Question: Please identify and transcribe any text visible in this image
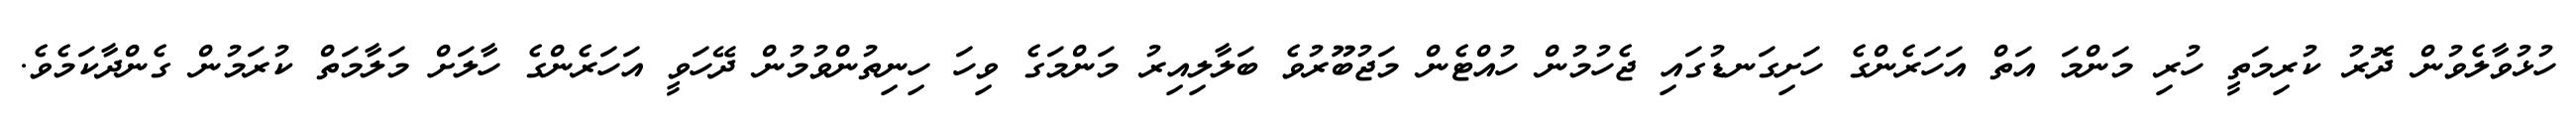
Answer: ހުޅުވާލެވުން ދޮރު ކުރިމަތީ ހުރި މަންމަ އަތް އަހަރެންގެ ހަށިގަނޑުގައި ޖެހުމުން ހުއްޓެން މަޖުބޫރުވެ ބަލާލިއިރު މަންމަގެ ވިހަ ހިނިތުންވުމުން ދޭހަވީ އަހަރެންގެ ހާލަށް މަލާމަތް ކުރަމުން ގެންދާކަމެވެ.